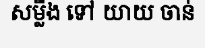
សម្លឹង ទៅ យាយ ចាន់